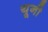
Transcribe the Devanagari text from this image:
यूनी